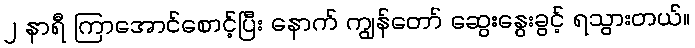
၂ နာရီ ကြာအောင်စောင့်ပြီး နောက် ကျွန်တော် ဆွေးနွေးခွင့် ရသွားတယ်။